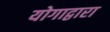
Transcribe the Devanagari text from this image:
योगाद्वारा